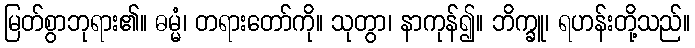
မြတ်စွာဘုရား၏။ ဓမ္မံ၊ တရားတော်ကို။ သုတွာ၊ နာကုန်၍။ ဘိက္ခူ၊ ရဟန်းတို့သည်။